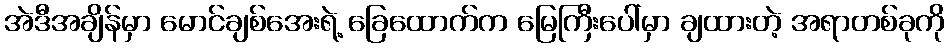
အဲဒီအချိန်မှာ မောင်ချစ်အေးရဲ့ ခြေထောက်က မြေကြီးပေါ်မှာ ချထားတဲ့ အရာတစ်ခုကို